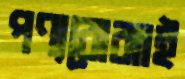
পণ্যবোঝাই